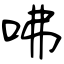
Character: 咈